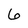
Character: 6